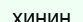
хинин